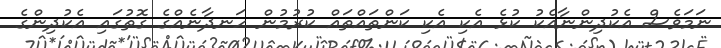
ނަމަވެސް އެކުދިންނާއެކު ކުޅެ އެކި އެކި ކަންތައްތައް ކުރުމުން ހަނދާނެއްގެ ގޮތުގައި އެކުދިންގެ